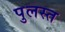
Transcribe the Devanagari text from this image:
पुलस्त